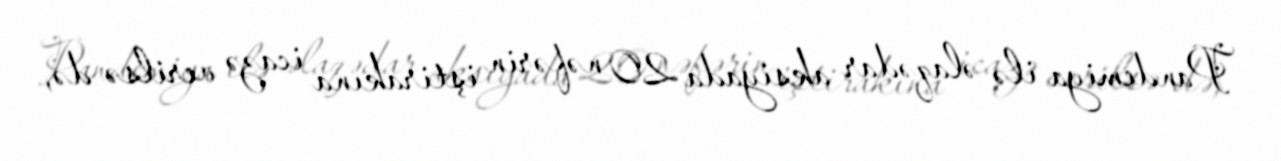
Pandemiya ilə əlaqədar aksiyada 20 nəfərin iştirakına icazə verilsə də,